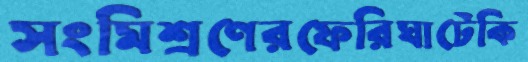
সংমিশ্রণেরফেরিঘাটেকি